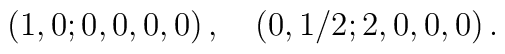
(1,0;0,0,0,0)  \, , \quad (0, 1/2;2,0,0,0) \, .